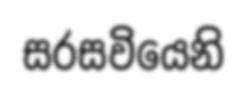
සරසවියෙනි